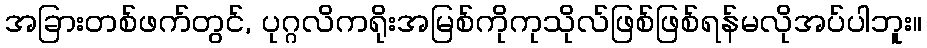
အခြားတစ်ဖက်တွင်, ပုဂ္ဂလိကရိုးအမြစ်ကိုကုသိုလ်ဖြစ်ဖြစ်ရန်မလိုအပ်ပါဘူး။